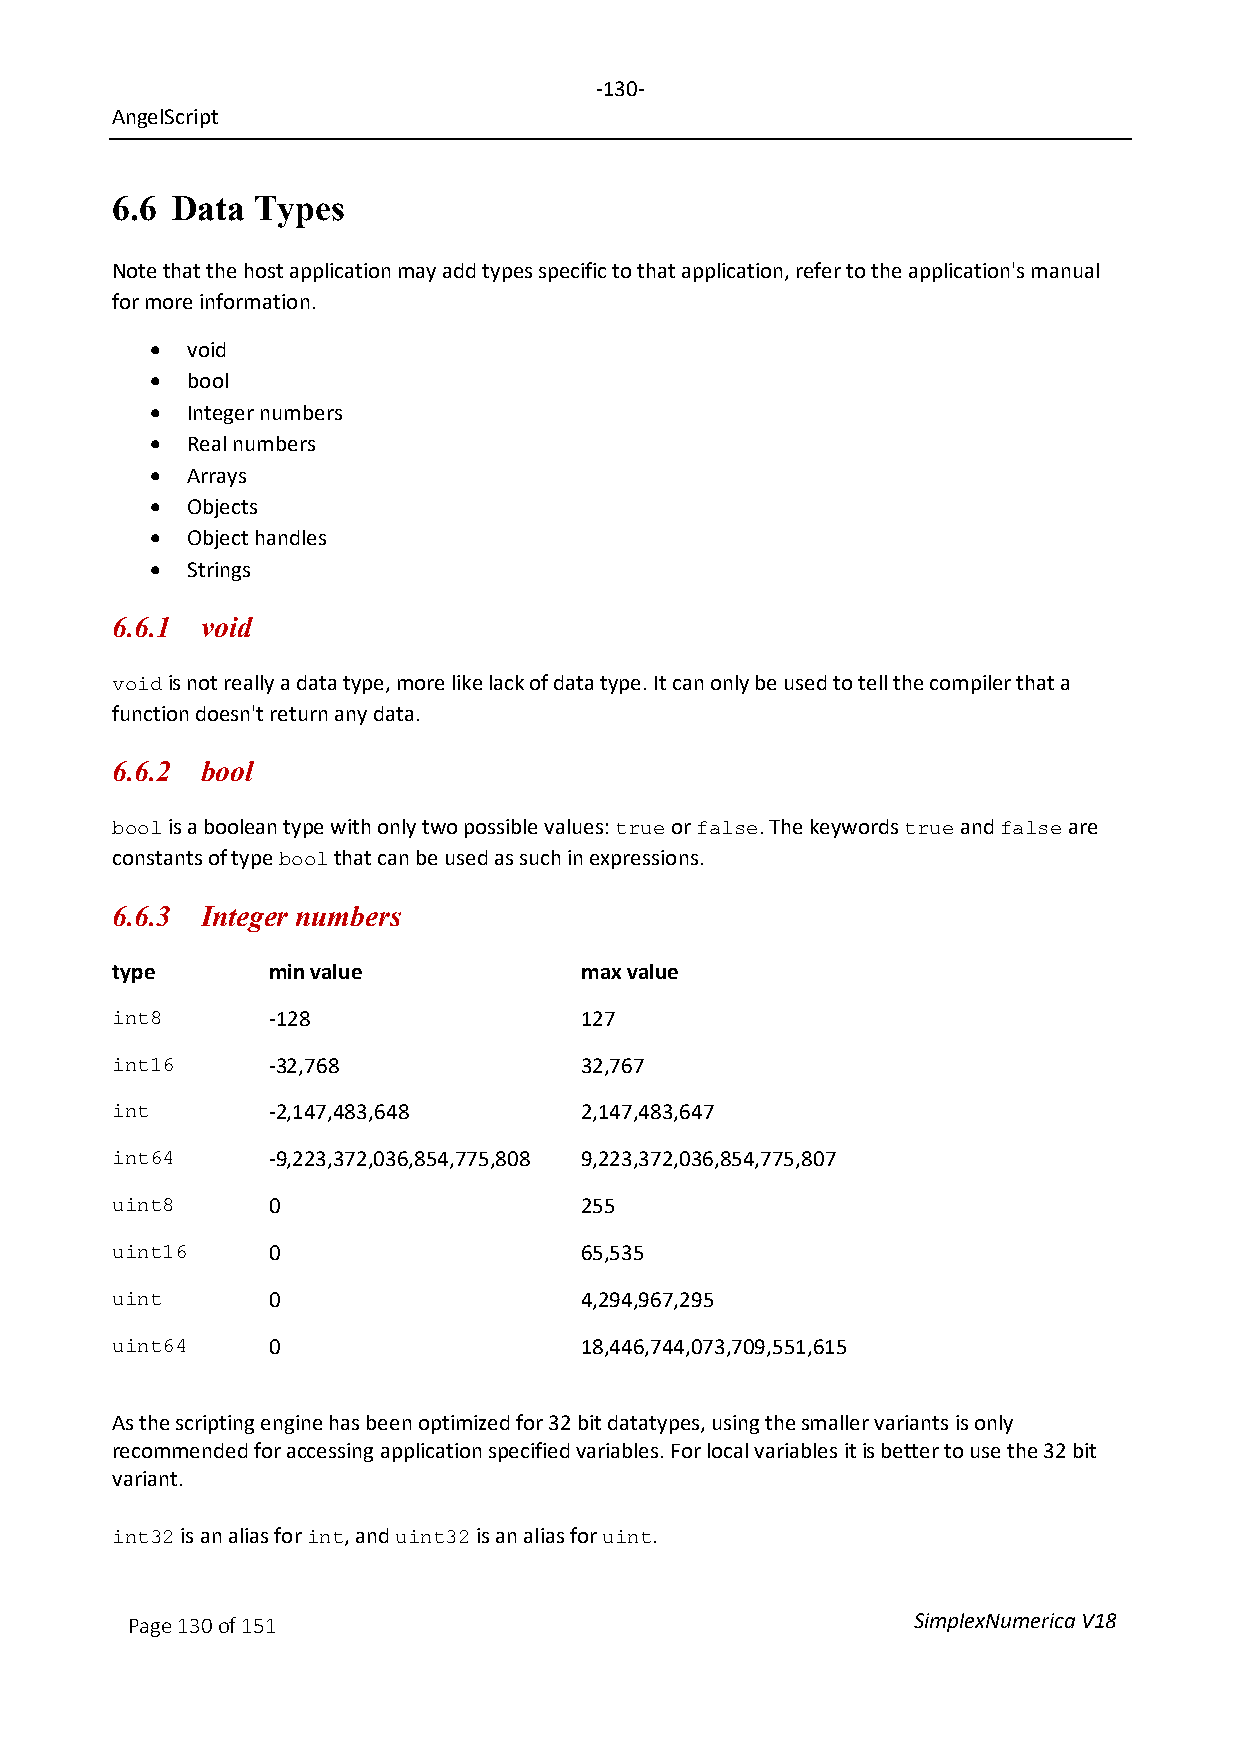
-130-
 AngelScript
 6.6 Data  Types
 Note that the host application may add types specific to that application, refer to the application's manual
 for more information.
 • void
 • bool
 • Integer numbers
 • Real numbers
 • Arrays
 • Objects
 • Object handles
 • Strings
 6.6.1 void
 is not really a data type, more like lack of data type. It can only be used to tell the compiler that a
 void
 function doesn't return any data.
 6.6.2 bool
 is a boolean type with only two possible values: or . The keywords and are
 bool                              true false         true  false
 constants of type that can be used as such in expressions.
 bool
 6.6.3 Integer numbers
 type       min value           max value
 -128                127
 int8
 -32,768             32,767
 int16
 -2,147,483,648      2,147,483,647
 int
 -9,223,372,036,854,775,808 9,223,372,036,854,775,807
 int64
 0                   255
 uint8
 0                   65,535
 uint16
 0                   4,294,967,295
 uint
 0                   18,446,744,073,709,551,615
 uint64
 As the scripting engine has been optimized for 32 bit datatypes, using the smaller variants is only
 recommended for accessing application specified variables. For local variables it is better to use the 32 bit
 variant.
 is an alias for , and is an alias for .
 int32        int   uint32        uint
 Page 130 of 151                                     SimplexNumerica V18